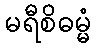
မရီစိဓမ္မံ